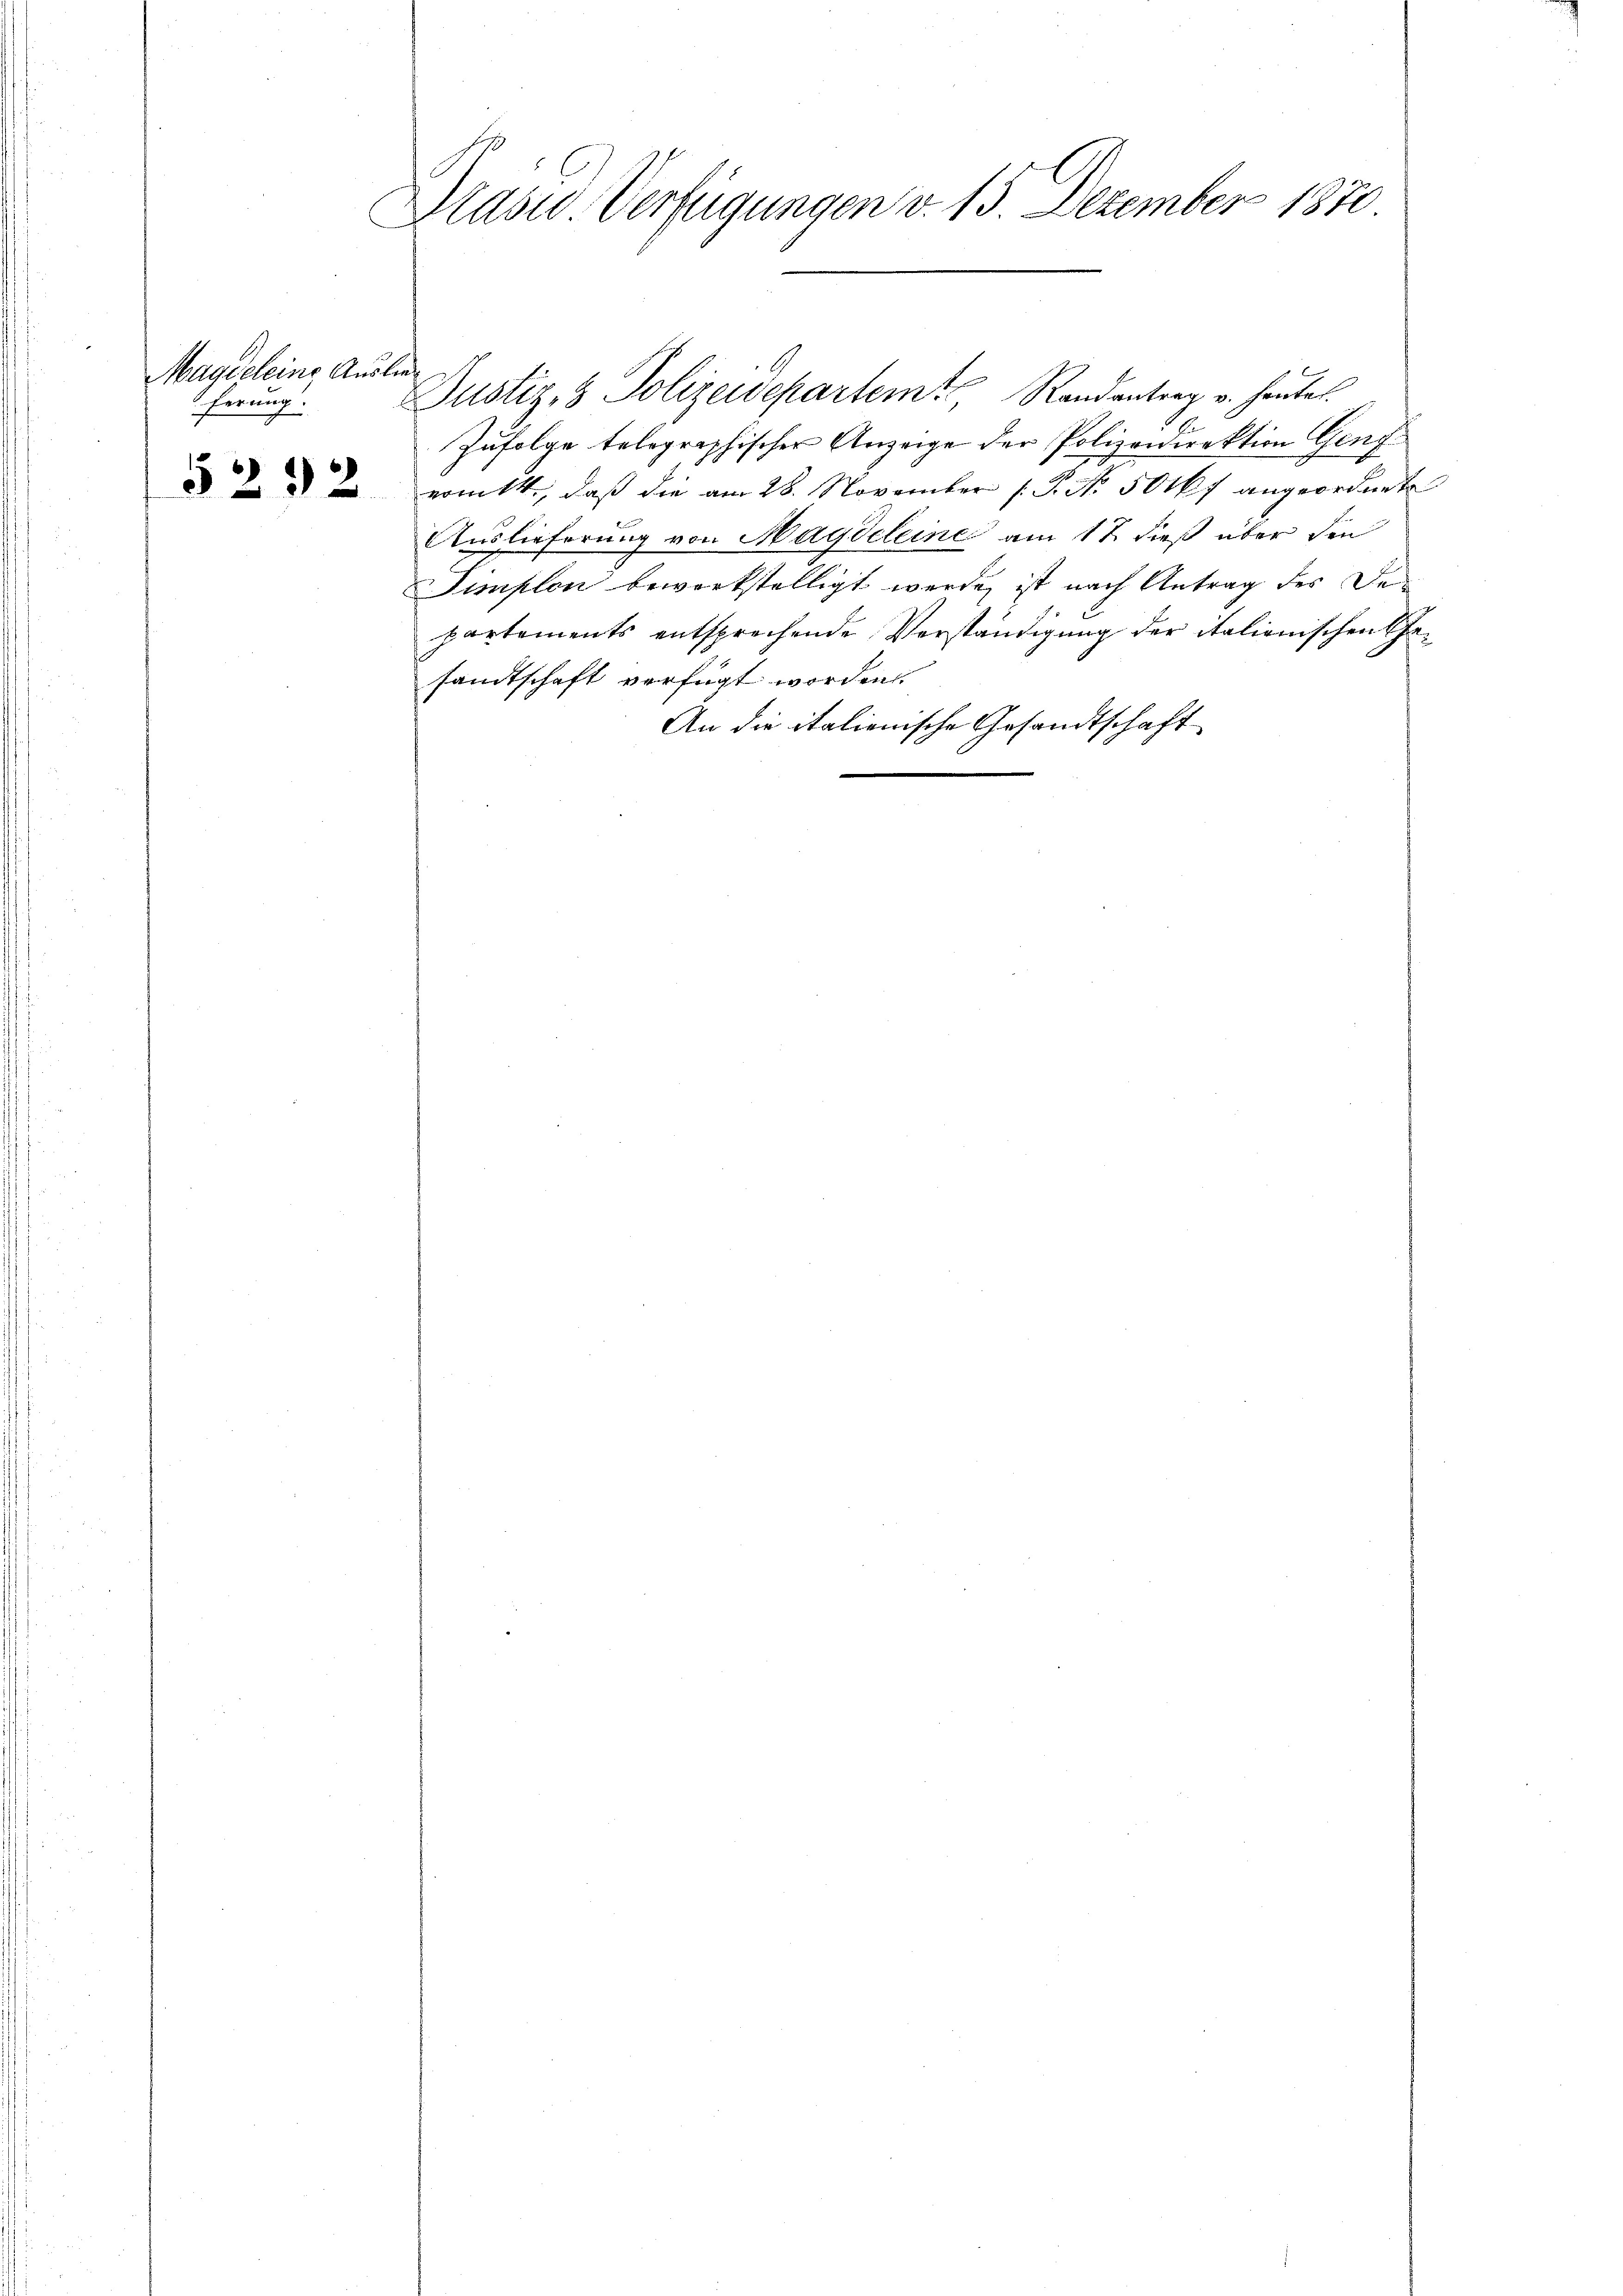
Magdeleine Auslie
ferung.

5292

Präsid Verfügungen v. 15. Dezember 1870

Zufolge telegraphischer Anzeige der Polizeidirektion Genf
romt, daß die am 28. November 1. P. No. 50 kr angeordnete
Auslieferung von Maydeleine am 17 dieß über den
Simplon bewerkstelligt werde, ist nach Antrag des Departements entsprechende Verständigung der italienischen Gesandtschaft verfügt worden.
An die italienische Gesandtschaft

Justiz, 3 Polizeidepartem Randantrag v. heutet.